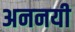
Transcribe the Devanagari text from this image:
अननयी